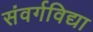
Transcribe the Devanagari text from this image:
संवर्गविद्या